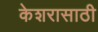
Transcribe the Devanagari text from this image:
केशरासाठी